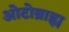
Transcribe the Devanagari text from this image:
ओटोब्राह्म